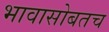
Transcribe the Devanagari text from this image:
भावासोबतच